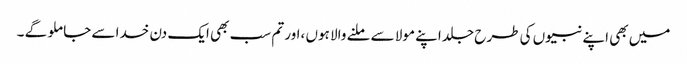
میں بھی اپنے نبیوں کی طرح جلد اپنے مولا سے ملنے والا ہوں ،اور تم سب بھی ایک دن خدا سے جا ملو گے ۔